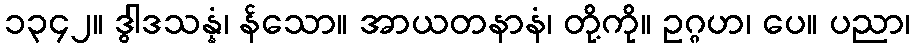
၁၃၄၂။ ဒွါဒသန္နံ၊ န်သော။ အာယတနာနံ၊ တို့ကို။ ဥဂ္ဂဟ၊ ပေ။ ပညာ၊